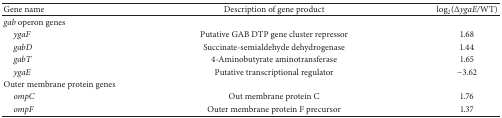
| Gene name | Description of gene product | log2(ΔygaE/WT) |
 | --- | --- | --- |
 | gab operon genes |  |  |
 | ygaF | Putative GAB DTP gene cluster repressor | 1.68 |
 | gabD | Succinate-semialdehyde dehydrogenase | 1.44 |
 | gabT | 4-Aminobutyrate aminotransferase | 1.65 |
 | ygaE | Putative transcriptional regulator | −3.62 |
 | Outer membrane protein genes |  |  |
 | ompC | Out membrane protein C | 1.76 |
 | ompF | Outer membrane protein F precursor | 1.37 |